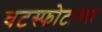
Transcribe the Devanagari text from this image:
घटस्फोटाच्या